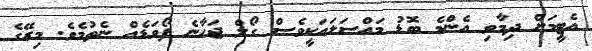
އެޓީމަށް ދިމާވި އެންމެ ބޮޑު މައްސަލައަކީވެސް ގޯލް ޖަހާނެ ފޯވަޑެއް ނެތުމެވެ. މިރޭގެ